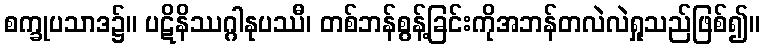
စက္ခုပသာဒ၌။ ပဋိနိဿဂ္ဂါနုပဿီ၊ တစ်ဘန်စွန့်ခြင်းကိုအဘန်တလဲလဲရှုသည်ဖြစ်၍။